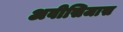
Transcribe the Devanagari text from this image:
अवीसिजास